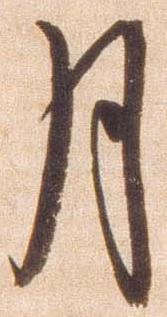
月